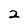
Character: 2